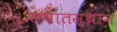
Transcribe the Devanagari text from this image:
संघातस्थान